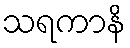
သရကာနိ